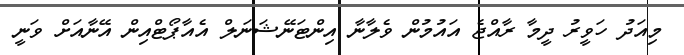
މިއަދު ހަވީރު ދީމާ ރާއްޖެ އައުމުން ވެލާނާ އިންޓަނޭޝަނަލް އެއާޕޯޓްއިން އޭނާއަށް ވަނީ